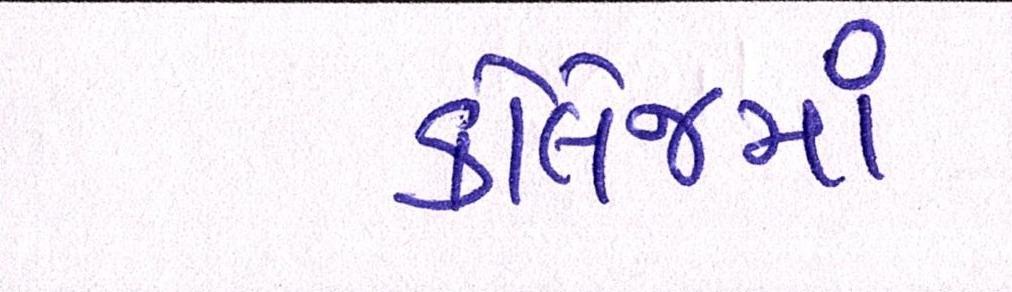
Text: કૉલેજમાં